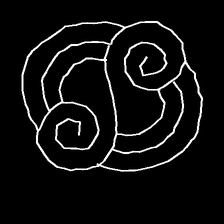
Glyph: wind-underfoot